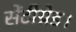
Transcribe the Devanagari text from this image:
सेंटीग्रेड।